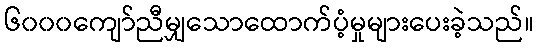
၆၀၀၀ကျော်ညီမျှသောထောက်ပံ့မှုများပေးခဲ့သည်။